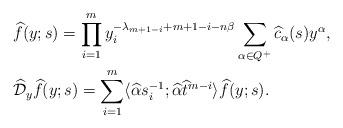
LaTeX: \begin{align*}&\widehat{f}(y;s)=\prod_{i=1}^m y_i^{-\lambda_{m+1-i} +m+1-i-n \beta}\sum_{\alpha\in Q^+}\widehat{c}_\alpha(s) y^\alpha,\\&\widehat{\mathcal D}_y \widehat{f}(y;s)=\sum_{i=1}^m \langle \widehat{\alpha }s_i^{-1};\widehat{\alpha} \widehat{t}^{m-i}\rangle \widehat{f}(y;s).\end{align*}